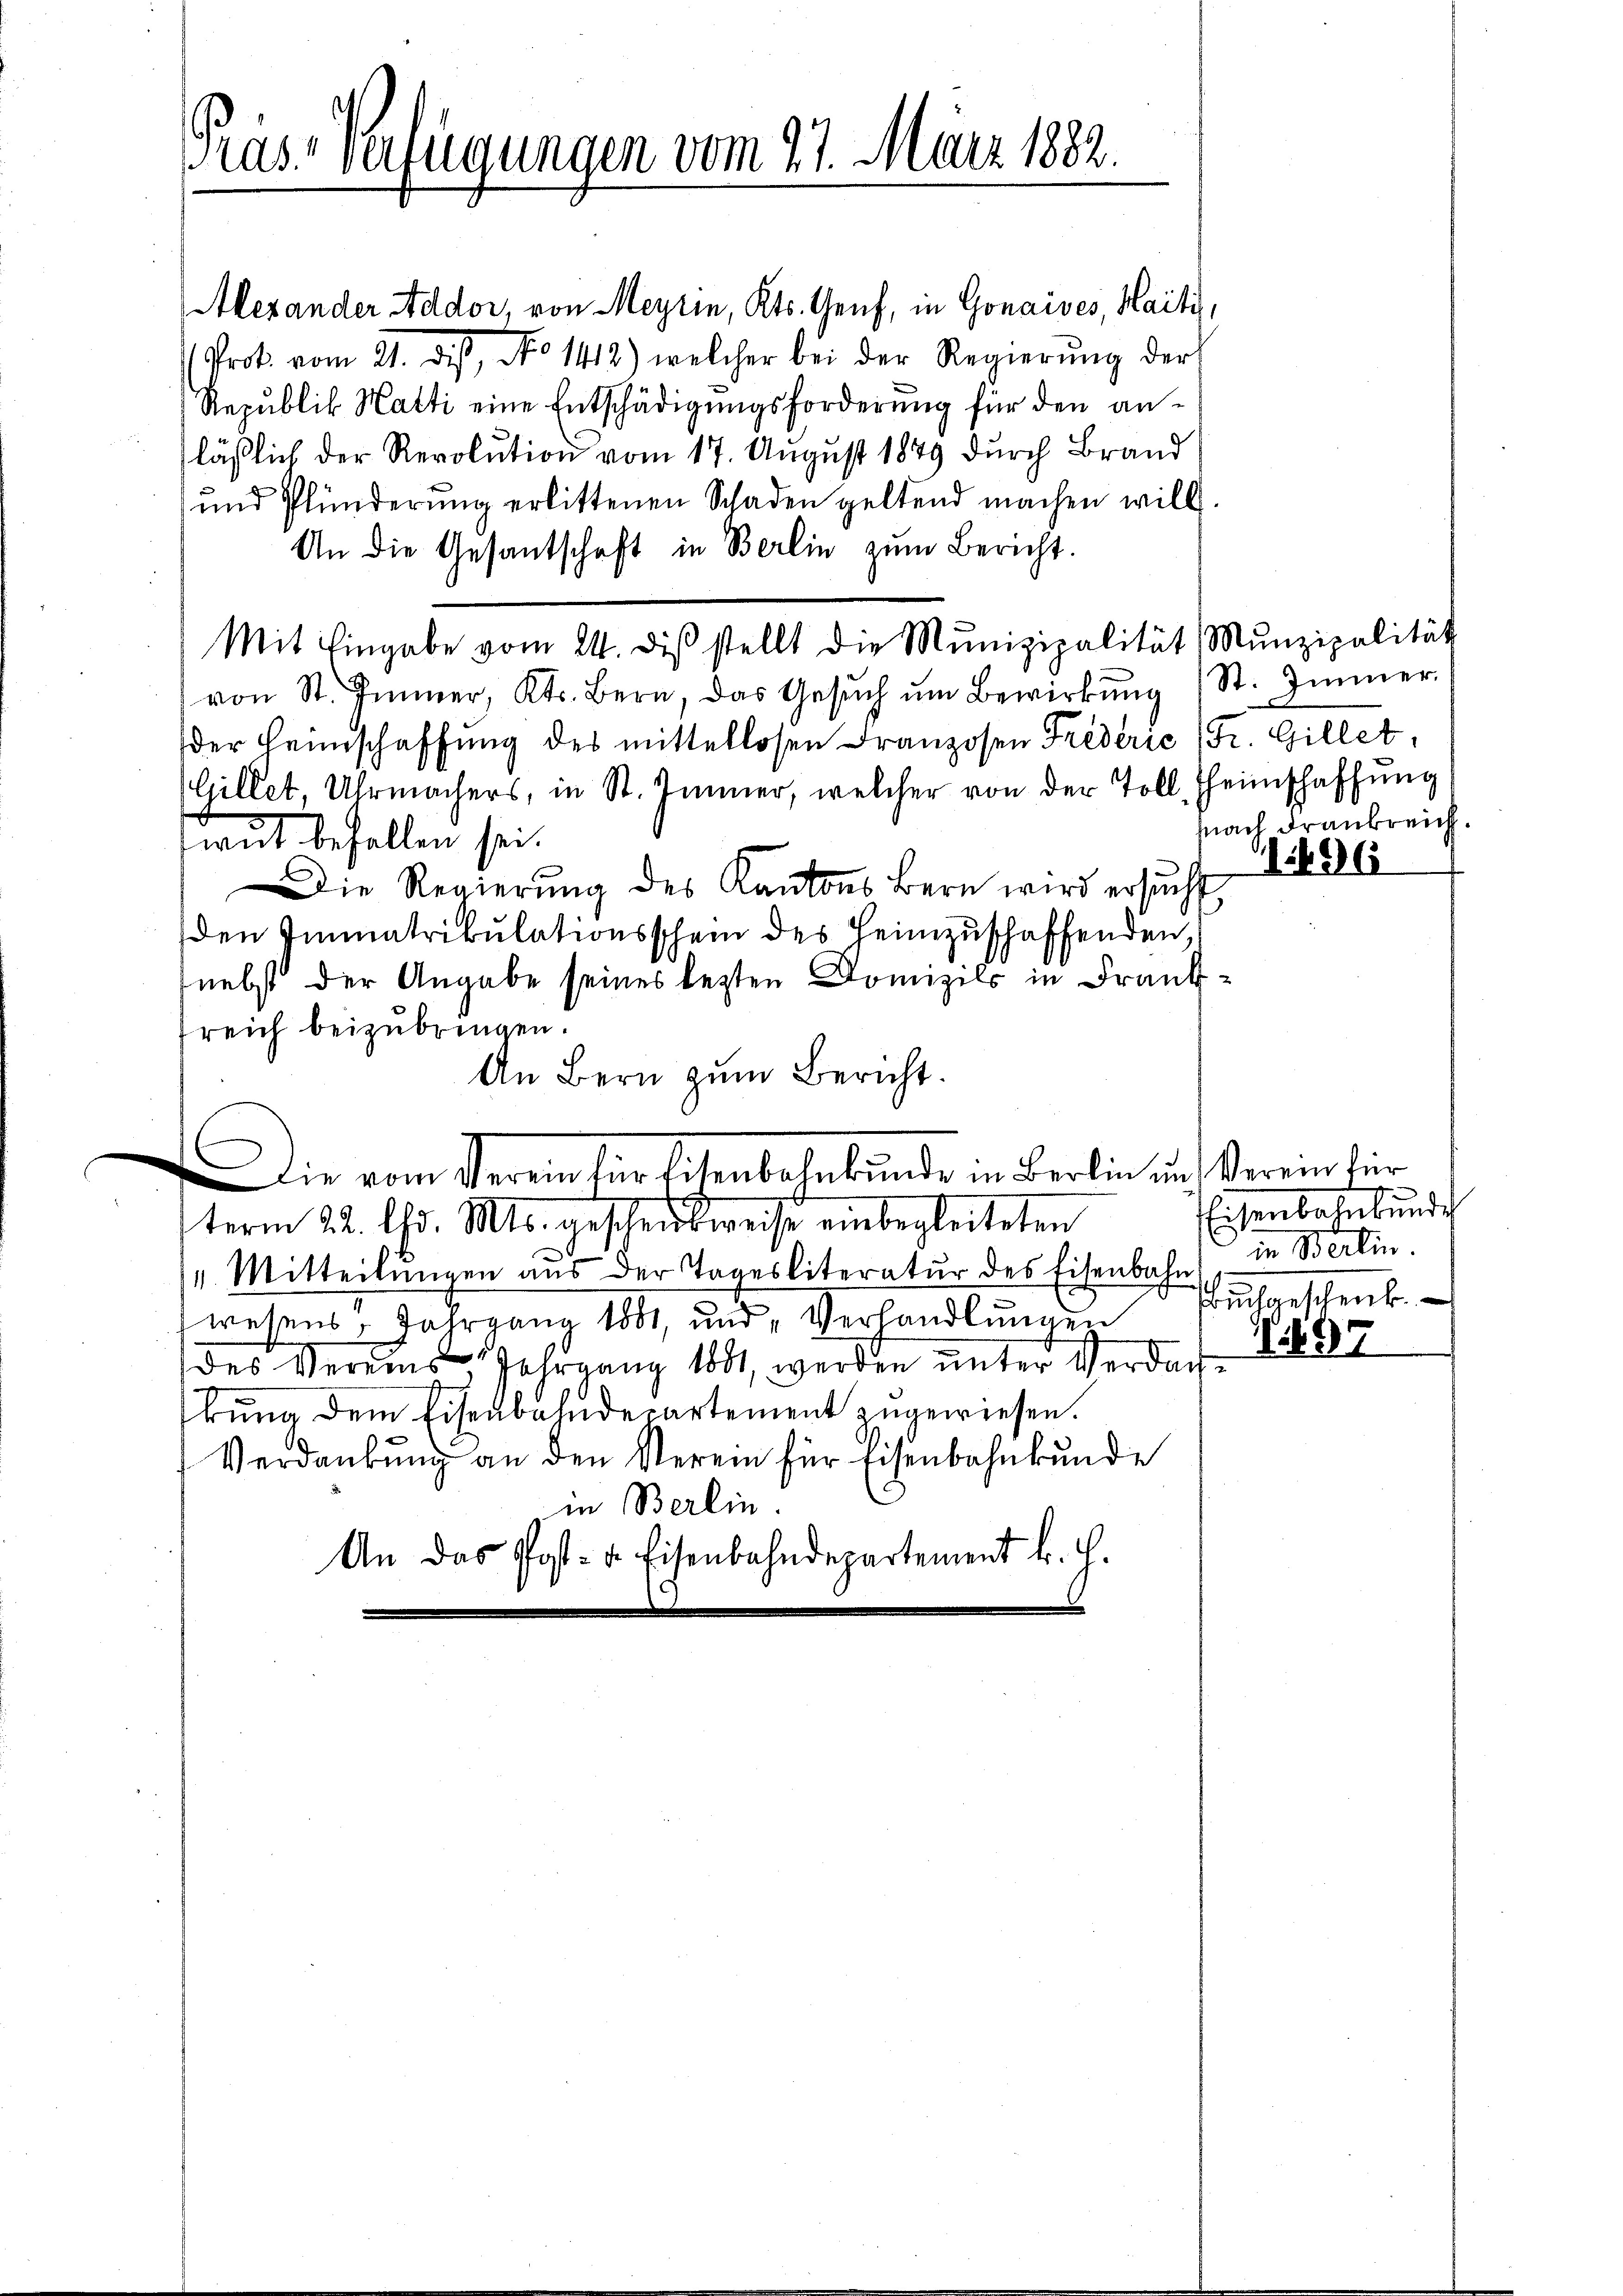
Prast verfügungen vom 27. März 1882.

Alexander Addor, von Meyrin, Kts. Genf, in Gonaives, Maiti,
Prot. vom 21. dis, No 1413) welcher bei der Regierŭng der
Republik Hatti eine Entschädigungsforderung für den anläßlich der Revolution vom 17. August 1849 durch Brand
und Plünderŭng erlittenen Schaden geltend machen will.
An die Gesantschaft in Berlin zŭm Bericht.
Mit Eingabe vom 24. diβ stellt die Munizipalität, Munzipalität
von St. Immer, Kts. Bern, das Gesŭch ŭm Bewirkŭng (St. Immer
der Heimschaffŭng des mittellosen Franzosen Frederić (Fr. Gillet,
Gillet, Uhrmachers, in St. Jenner, welcher von der Toll, Heimschaffung
raut befallen sei.
Die Regierŭng des Kantons Bern wird ersŭcht
den Immatrikulationsschein des Heimzuschaffenden
nebst der Angabe seines lezten Domizils in Franksreich beizubringen.
An Bern zum Bericht.
Die vom Verein für Eisenbelebunde in Berlin und Verein für
term 22. Chr. Mts. gescheid weise einbegleiteten
4. Mitteilŭngen aus der Tagesliteratŭr des Eisenbahn in Berlin
wesens, Jahrgang 1881, und Verhandlungen
des Vereins Jahrgang 1881 werden ŭnter Verdach 1889
kung dem Eisenbahndepartement zugewiesen.
Verdankŭng an den Verein für Eisenbahnkŭnde
in Berlin.
An das Post- u. Eisenbahndepartement b. c.

fnach drankreich.

496

5
Eisenbahnbunde
rchgeschenk.